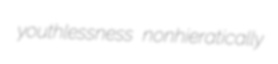
youthlessness nonhieratically